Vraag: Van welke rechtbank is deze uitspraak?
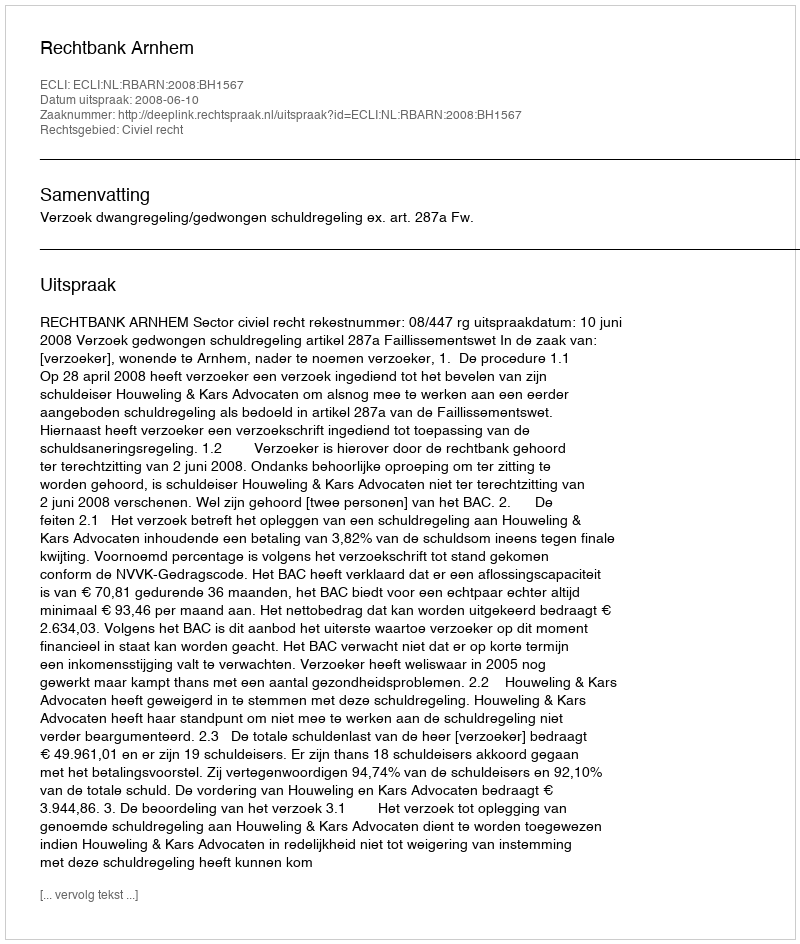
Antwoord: Rechtbank Arnhem